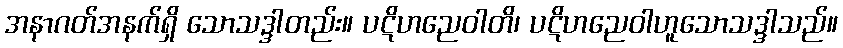
အနာဂတ်အနက်ရှိ သောသဒ္ဒါတည်း။ ပဋိဟညေဝါတိ၊ ပဋိဟညေဝါဟူသောသဒ္ဒါသည်။